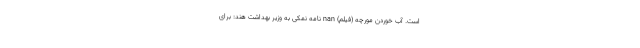
است. آب خوردن مورچه (فیلم) nan نامه نمکی به وزیر بهداشت هند: برای